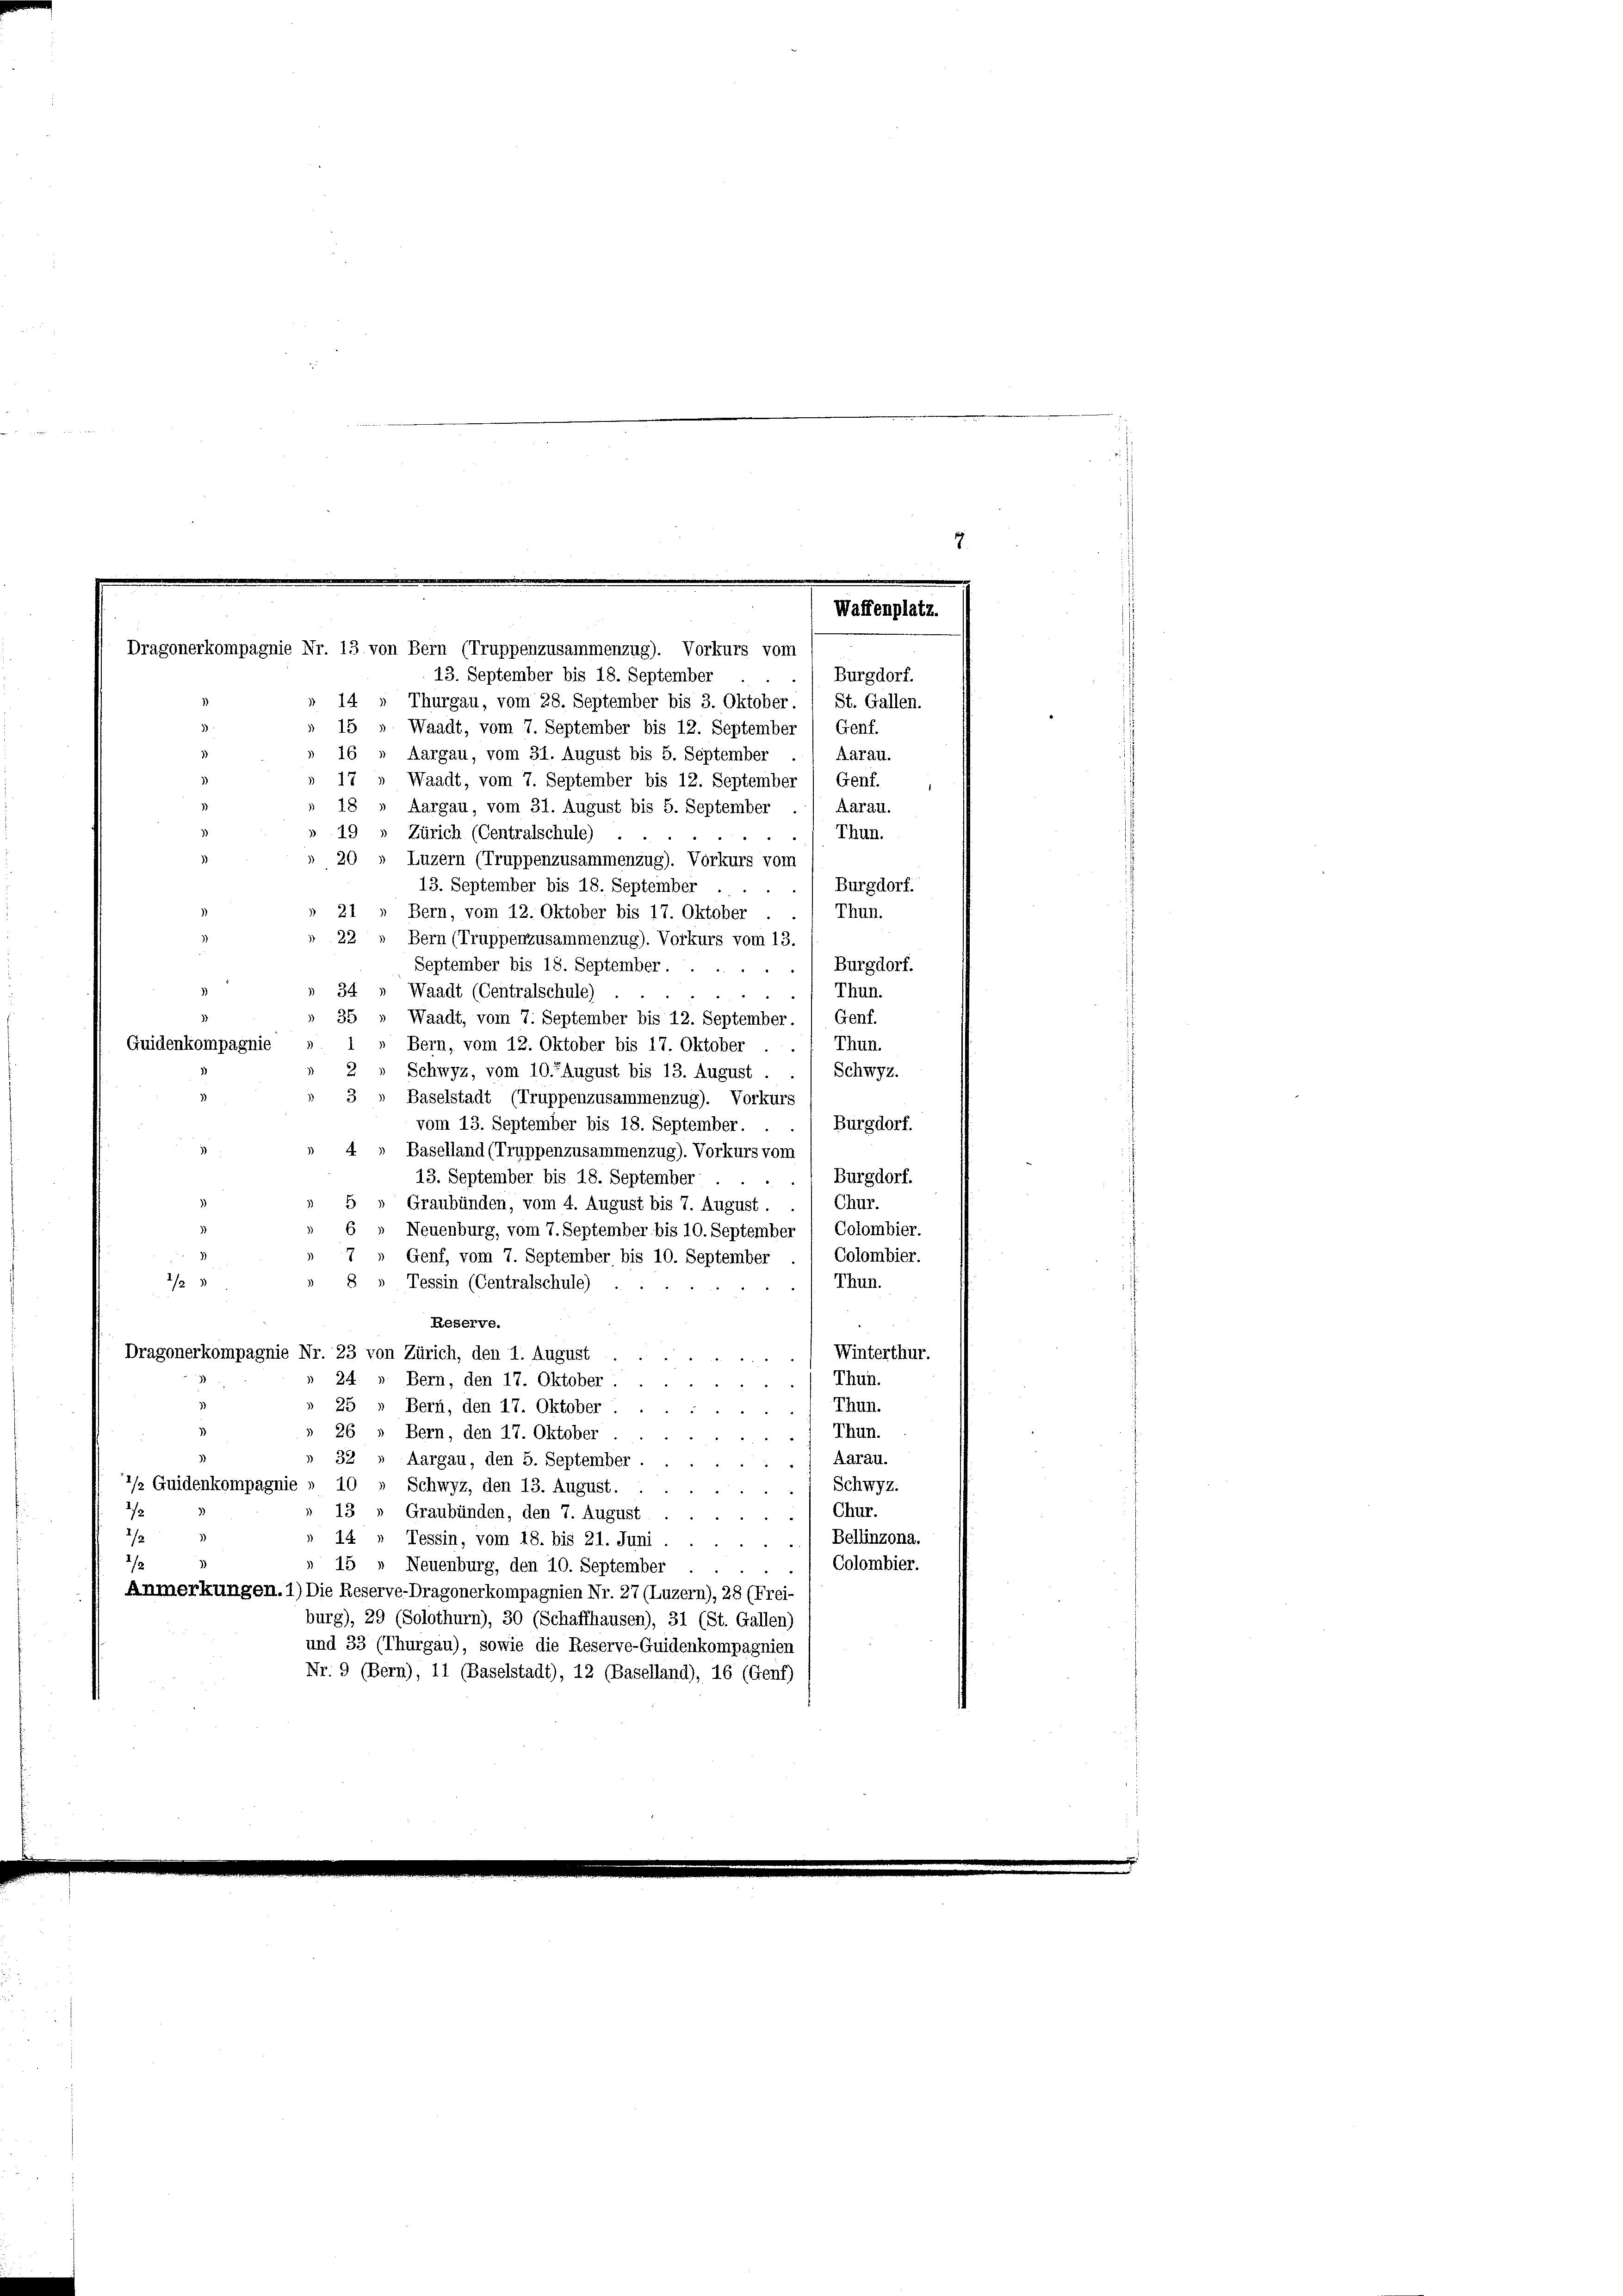
7
Waffenplatz.
Dragonerkompagnie Nr. 13 von Bern (Truppenzusammenzug). Vorkurs vom
Burgdorf.
13. September bis 18. September

„ 14 " Thurgau, vom 28. September bis 3. Oktober. / St. Gallen.
15 » Waadt, vom 7. September bis 12. September / Genf.
16 » Aargau, vom 31. August bis 5. September
Aarau.
17
Waadt, vom 7. September bis 12. September 1 Genf.
Aarau.
Aargau, vom 31. August bis 5. September
Thun.
Zürich (Centralschule)
“
Luzern (Truppenzusammenzug). Vorkurs vom
13. September bis 18. September
Burgdorf.
Thun.
21
Bern, vom 12. Oktober bis 17. Oktober
22
Bern (Truppenzusammenzug). Vorkurs vom 13.
Burgdorf.
September bis 18. September.
34 » Waadt (Centralschule)
Thun.
35 » Waadt, vom 7. September bis 12. September. / Genf.
 Bern, vom 12. Oktober bis 17. Oktober . , Thun.
uidenkompagnie
Schwyz.
2» Schwyz, vom 10. August bis 13. August.
Baselstadt (Truppenzusammenzug). Vorkurs
Burgdorf.
vom 13. September bis 18. September. .
Baselland (Truppenzusammenzug). Vorkurs vom
Burgdorf.
13. September bis 18. September
Graubünden, vom 4. August bis 7. August . . 1 Chur.
Neuenburg, vom 7. September bis 10. September 1 Colombier.
Genf, vom 7. September bis 10. September . 1 Colombier.
/23
8 „ Tessin (Centralschule)
Thun.
Reserve.
Winterthur.
Dragonerkompagnie Nr. 23 von Zürich, den 1. August
u
) Thun.
24 » Bern, den 17. Oktober
Thun.
25 » Bern, den 17. Oktober ...
26
Thun.
Bern, den 17. Oktober
32 » Aargau, den 5. September
) Aarau.
/ Guidenkompagnie » 10 " Schwyz, den 13. August
) Schwyz.
13
Chur.
Graubünden, den 7. August
2
14 » Tessin, vom 18. bis 21. Juni
 Bellinzona.
/
15 » Neuenburg, den 10. September
Colombier.
Anmerkungen.1) Die Reserve-Dragonerkompagnien Nr. 27 (Luzern), 28 (Frei-
burg), 29 (Solothurn), 30 (Schaffhausen), 31 (St. Gallen)
und 33 (Thurgau), sowie die Reserve-Guidenkompagnien
Nr. 9 (Bern), 11 (Baselstadt), 12 (Baselland), 16 (Genf)